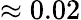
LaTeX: \approx 0.02